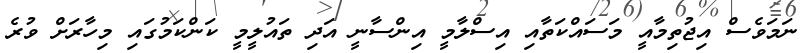
ނަމަވެސް އިޖުތިމާއީ މަސައްކަތާއި އިސްލާމީ އިންސާނީ އަދި ތައުލީމީ ކަންކަމުގައި މިހާރަށް ވުރެ